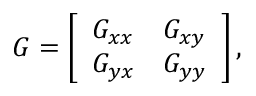
G = \left[ \begin{array} { l l } { G _ { x x } } & { G _ { x y } } \\ { G _ { y x } } & { G _ { y y } } \end{array} \right] ,